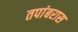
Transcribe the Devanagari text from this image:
तपांबरास